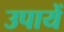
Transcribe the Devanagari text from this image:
उपायें